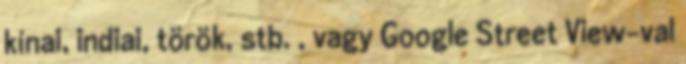
kínai, indiai, török, stb. , vagy Google Street View-val